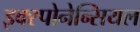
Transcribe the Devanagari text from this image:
इक्स्पोनेन्सियल